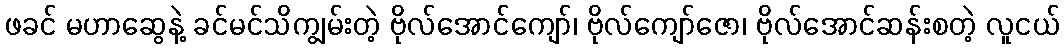
ဖခင် မဟာဆွေနဲ့ ခင်မင်သိကျွမ်းတဲ့ ဗိုလ်အောင်ကျော်၊ ဗိုလ်ကျော်ဇော၊ ဗိုလ်အောင်ဆန်းစတဲ့ လူငယ်